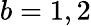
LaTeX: b=1,2